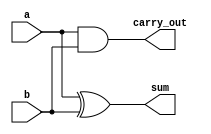
`timescale 1ns / 1ps

module HA(sum,carry_out,a,b);
output sum,carry_out;
input a,b;
assign sum=a^b;
assign carry_out=a&b;
endmodule


module FA_using_HA(sum,carry_out,a,b,c_in);
output sum,carry_out;
input a,b,c_in;
wire s1,c1,c2;
HA ha1(s1,c1,a,b);
HA ha2(sum,c2,s1,c_in);
assign carry_out= c1 | c2;
endmodule